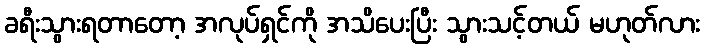
ခရီးသွားရတာတော့ အလုပ်ရှင်ကို အသိပေးပြီး သွားသင့်တယ် မဟုတ်လား